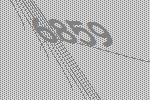
6859